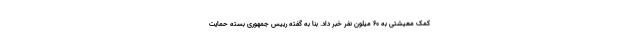
کمک معیشتی به ۶۰ میلون نفر خبر داد. بنا به گفته رییس جمهوری بسته حمایت